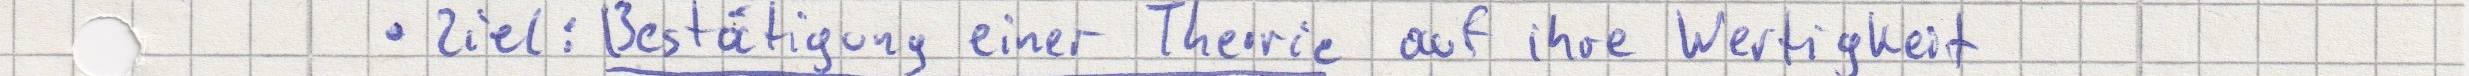
Ziel: Bestätigung einer Theorie auf ihre Wertigkeit